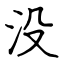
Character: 没